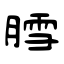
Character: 膤